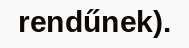
rendűnek).